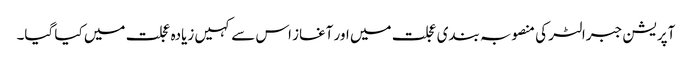
آپریشن جبرالٹر کی منصوبہ بندی عجلت میں اور آغاز اس سے کہیں زیادہ عجلت میں کیا گیا۔